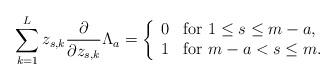
LaTeX: \begin{align*} \sum _{k=1}^L z_{s,k} \frac{\partial}{\partial z_{s,k}} \Lambda _a = \left\{ \begin{array}{ll} 0 & \mbox{for $ 1 \leq s \leq m-a $,} \\ 1 & \mbox{for $ m-a < s \leq m $.} \end{array} \right.\end{align*}